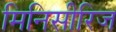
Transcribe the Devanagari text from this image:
मिनिसीरिज